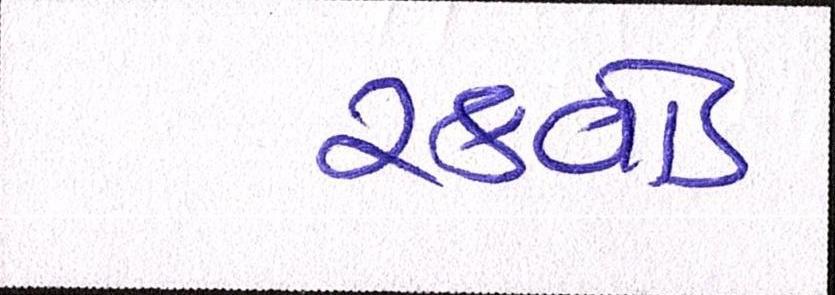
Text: સ્ક્વોડ